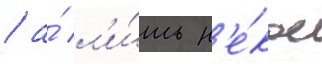
/ а́ л'и́шь н'е́кое